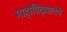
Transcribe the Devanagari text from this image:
माहाविद्यालये